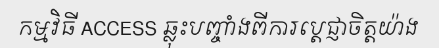
កម្មវិធី ACCESS ឆ្លុះបញ្ចាំងពីការប្តេជ្ញាចិត្តយ៉ាង